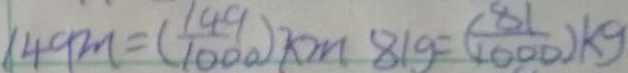
1 4 9 m = ( \frac { 1 4 9 } { 1 0 0 0 } ) k m 8 1 g = ( \frac { 8 1 } { 1 0 0 0 } ) k g